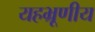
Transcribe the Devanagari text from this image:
यहभ्रूणीय